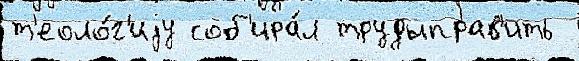
т'еоло́г'иjу соб'ира́л трудыправ'ить